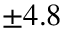
\pm 4 . 8